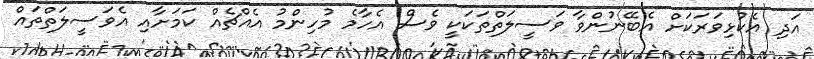
އަދި އެކުޅިވަރަކަށް އެބޭނުންވާ ވަސީލަތްތަކަކީ ވެސް އެހާމެ މުހިންމު އެއްޗެއް ކަމަށާއި އެވަސީލަތްތައް